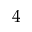
4